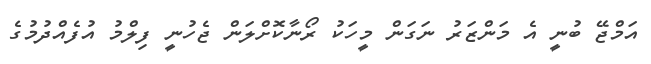
އަމްޖޭ ބުނީ އެ މަންޒަރު ނަގަން މީހަކު ރޯނާކޮށްލަން ޖެހުނީ ފިލްމު އުފެއްދުމުގެ